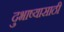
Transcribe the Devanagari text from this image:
दुभाष्यासाठी